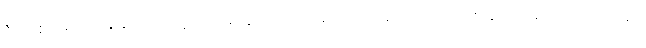
ဒီ တစ်ခေါက် ကျွန်တော်တို့တာဝန်ယူထားတဲ့ အလုပ်က ပေါ့သေးသေးအလုပ်တော့မဟုတ်ဘူး။